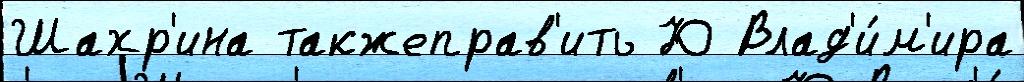
Шахр'ина такжеправ'ить Ю Влад'и́м'ира